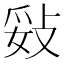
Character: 𢼻